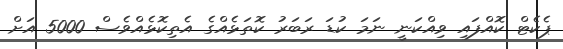
ޕެކެޓް ކޮއްފައި ވިއްކަނީ ނަމަ ކުޑަ ރަބަރު ކޮތަޅެއްގެ އެތިކޮޅެއްވެސް 5000 އަށް